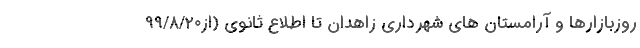
روزبازارها و آرامستان های شهرداری زاهدان تا اطلاع ثانوی (از۹۹/۸/۲۰